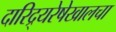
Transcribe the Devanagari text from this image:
दारिद्र्यरेषेखालचा